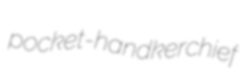
pocket-handkerchief